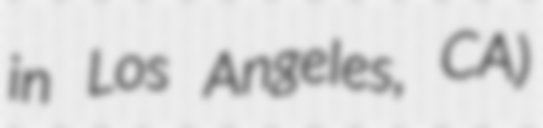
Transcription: in Los Angeles, CA)